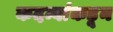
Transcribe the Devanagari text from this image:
कदम्बांकडून